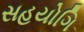
સહયોગિ